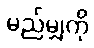
မည်မျှကို